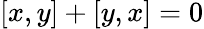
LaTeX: [x,y]+[y,x]=0